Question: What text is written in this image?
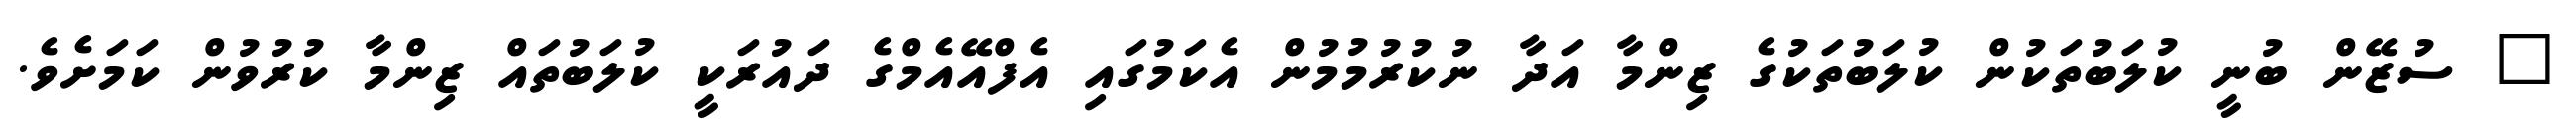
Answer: " ސުޒޭން ބުނީ ކުލަބުތަކުން ކުލަބުތަކުގެ ޒިންމާ އަދާ ނުކުރުމުމުން އެކަމުގައި އެފްއޭއެމްގެ ދައުރަކީ ކުލަބުތައް ޒިންމާ ކުރުވުން ކަމަށެވެ.